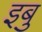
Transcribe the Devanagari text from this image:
इबु